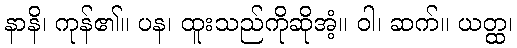
နာနိ၊ ကုန်၏။ ပန၊ ထူးသည်ကိုဆိုအံ့။ ဝါ၊ ဆက်။ ယတ္ထ၊